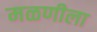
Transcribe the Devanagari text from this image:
मळणीला